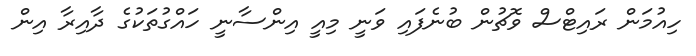
ހިއުމަން ރައިޓްސް ވޮޗުން ބުނެފައި ވަނީ މިއީ އިންސާނީ ހައްގުތަކުގެ ދާއިރާ އިން